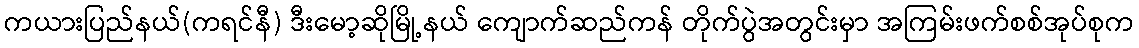
ကယားပြည်နယ်(ကရင်နီ) ဒီးမော့ဆိုမြို့နယ် ကျောက်ဆည်ကန် တိုက်ပွဲအတွင်းမှာ အကြမ်းဖက်စစ်အုပ်စုက